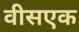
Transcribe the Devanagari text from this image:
वीसएक